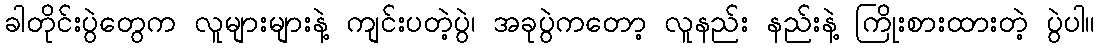
ခါတိုင်းပွဲတွေက လူများများနဲ့ ကျင်းပတဲ့ပွဲ၊ အခုပွဲကတော့ လူနည်း နည်းနဲ့ ကြိုးစားထားတဲ့ ပွဲပါ။